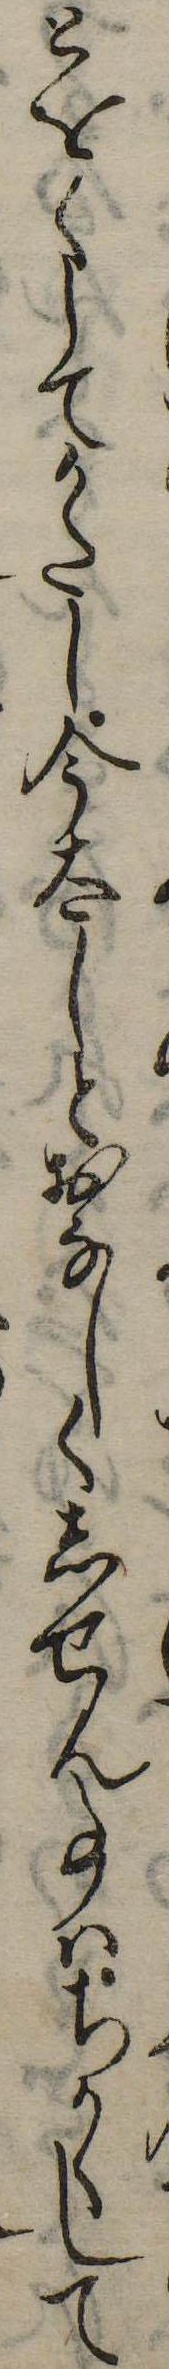
とをくしてかたし今太しとおなしくしせん事はちかくして